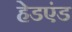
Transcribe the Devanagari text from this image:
हेडएंड